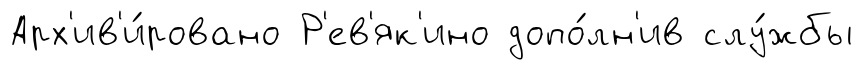
Арх'ив'и́ровано Р'ев'як'ино допо́лн'ив слу́жбы